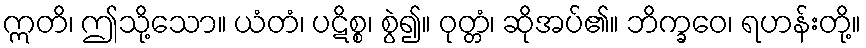
ဣတိ၊ ဤသို့သော။ ယံတံ၊ ပဋိစ္စ၊ စွဲ၍။ ဝုတ္တံ၊ ဆိုအပ်၏။ ဘိက္ခဝေ၊ ရဟန်းတို့။